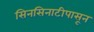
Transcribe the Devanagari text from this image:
सिनसिनाटीपासून